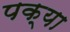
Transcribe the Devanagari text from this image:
पक्या